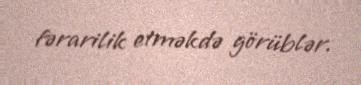
fərarilik etməkdə görüblər.